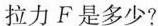
拉力F是多少?